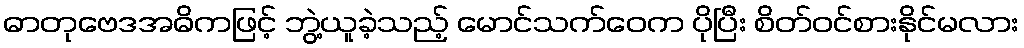
ဓာတုဗေဒအဓိကဖြင့် ဘွဲ့ယူခဲ့သည့် မောင်သက်ဝေက ပိုပြီး စိတ်ဝင်စားနိုင်မလား